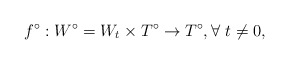
\begin{align*}f^\circ: W^\circ = W_t \times T^\circ \rightarrow T^\circ, \forall~ t\neq 0,\end{align*}